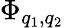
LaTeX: \Phi_{q_{1},q_{2}}